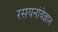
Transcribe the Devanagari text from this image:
रसयनविज्ञान